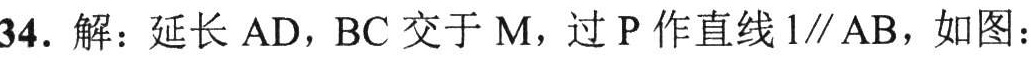
34. 解：延长 \(AD\)，\(BC\) 交于 \(M\)，过 \(P\) 作直线 \(l\parallel AB\)，如图：